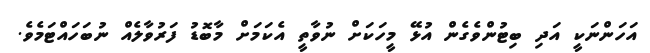
އަހަންނަކީ އަދި ބިޓުންވެގެން އުޅޭ މީހަކަށް ނުވާތީ އެކަމަށް މާބޮޑު ފަރުވާލެއް ނުބަހައްޓަމެވެ.